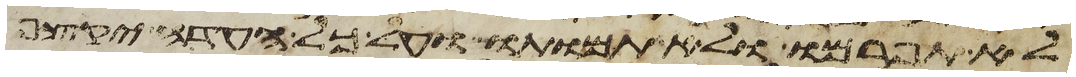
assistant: לא תפרמו ולא תמותו ועל כל העדה יקצף